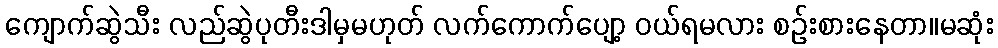
ကျောက်ဆွဲသီး လည်ဆွဲပုတီးဒါမှမဟုတ် လက်ကောက်ပျော့ ဝယ်ရမလား စဉ်းစားနေတာ။မဆုံး